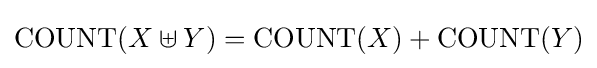
\operatorname {COUNT} (X\uplus Y)=\operatorname {COUNT} (X)+\operatorname {COUNT} (Y)